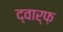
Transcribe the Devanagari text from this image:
द्वार्फ़